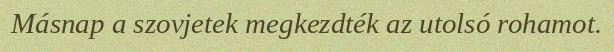
Másnap a szovjetek megkezdték az utolsó rohamot.